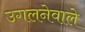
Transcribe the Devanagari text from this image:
उगलनेवाले